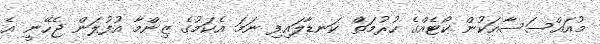
މުއައްސަސާއަކުން ކޯޓެއްގެ ހުރުމަތް ކަނޑާލައިފި ނަމަ އެކަމުގެ ޒިންމާ އުފުލަން ޖެހޭނީ އެ